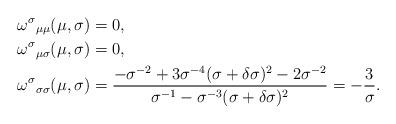
LaTeX: \begin{align*}{\omega^\sigma}_{\mu\mu}(\mu,\sigma) &= 0,\\{\omega^\sigma}_{\mu\sigma}(\mu,\sigma) &= 0,\\{\omega^\sigma}_{\sigma\sigma}(\mu,\sigma) &= \frac{-\sigma^{-2} + 3\sigma^{-4}(\sigma + \delta \sigma)^2 - 2\sigma^{-2}}{\sigma^{-1} - \sigma^{-3}(\sigma + \delta \sigma)^2} = -\frac{3}{\sigma}.\end{align*}